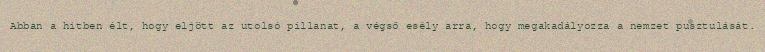
Abban a hitben élt, hogy eljött az utolsó pillanat, a végső esély arra, hogy megakadályozza a nemzet pusztulását.